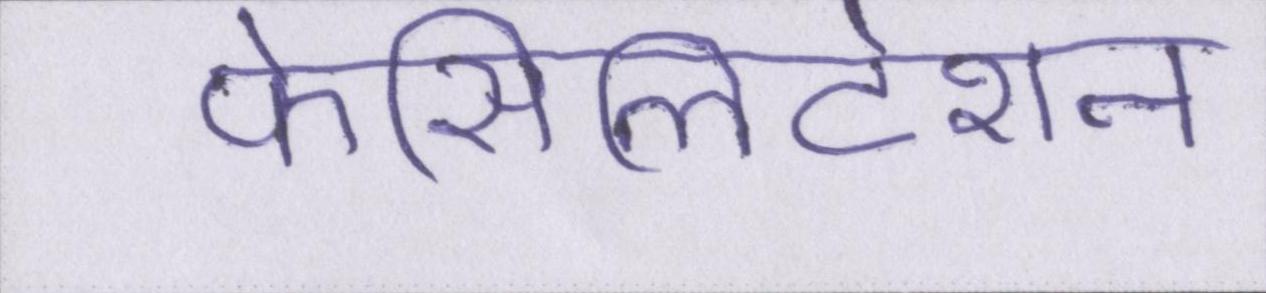
फेसिलिटेशन